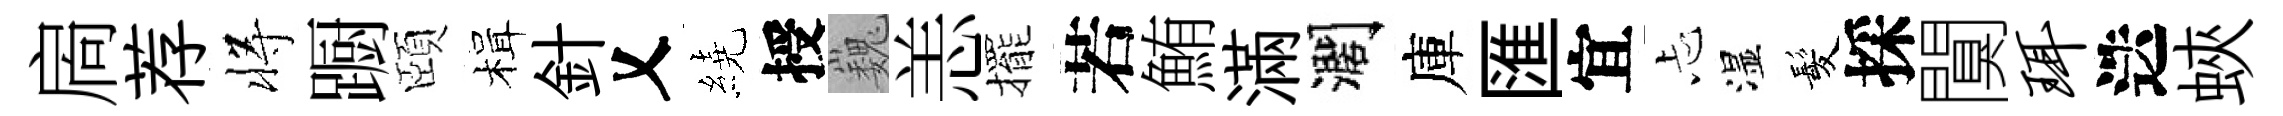
扄荐将蹰頤楫針乂繞授巍恙擺若鮪滿濶庫匯宜忐湿髪採闃珥迭蛺